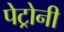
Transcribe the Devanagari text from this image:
पेट्रोनी